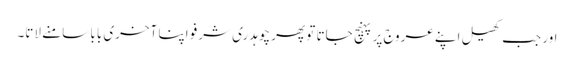
اور جب کھیل اپنے عروج پر پہنچ جاتا تو پھر چوہدری شرفو اپنا آخری بابا سامنے لاتا۔